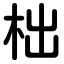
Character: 柮